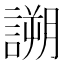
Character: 𧪜